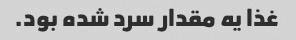
غذا یه مقدار سرد شده بود.